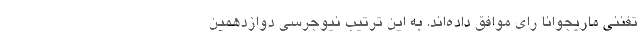
تفننی ماریجوانا رای موافق داده‌اند. به این ترتیب نیوجرسی دوازدهمین